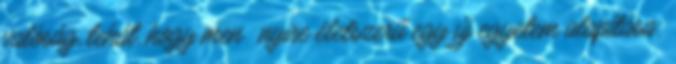
valóság, tehát, hogy men�nyire életszerű egy új egyetem alapítása: